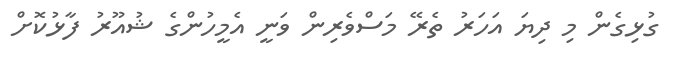
ގުޅިގެން މި ދިޔަ އަހަރު ތެރޭ މަސްވެރިން ވަނީ އެމީހުންގެ ޝުއޫރު ފާޅުކޮށް